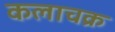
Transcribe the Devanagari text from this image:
कलाचक्र